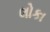
લોકા